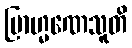
ဗြာဟ္မဏေသူတိ